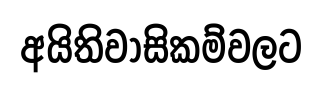
අයිතිවාසිකම්වලට